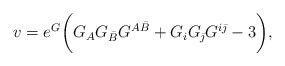
\begin{align*}v=e^G\biggl( G_{A}G_{\bar B}G^{A\bar B}+G_{i}G_{\bar\jmath}G^{i\bar\jmath}-3\biggr) ,\end{align*}